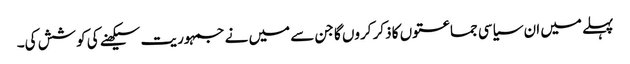
پہلے میں ان سیاسی جماعتوں کا ذکر کروں گا جن سے میں نے جمہوریت سیکھنے کی کوشش کی۔